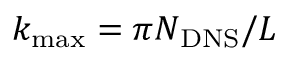
k _ { \mathrm { m a x } } = \pi N _ { \mathrm { D N S } } / L